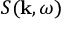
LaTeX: S ( \mathbf { k } , \omega )